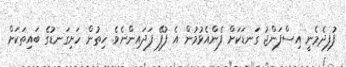
ފުފިދެމެނީ އިސްފަންޖު ގަނޑަކަށް ފެންއެޅުމުން އެ ފުފޭ ފަދައިންނެވެ. ހިތުން ހަށިގަނޑުގެ ބައިތަކަށް